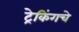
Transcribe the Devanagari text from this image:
ट्रेकिंगचे